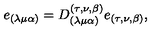
e _ { ( \lambda \mu \alpha ) } = D _ { ( \lambda \mu \alpha ) } ^ { ( \tau , \nu , \beta ) } e _ { ( \tau , \nu , \beta ) } ,